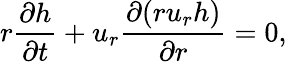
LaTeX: r\frac{\partial h}{\partial t}+u_{r}\frac{\partial(ru_{r}h)}{\partial r}=0,